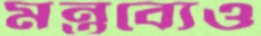
মন্তব্যেও